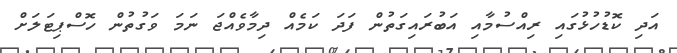
އަދި ކޮޑުހުޅުގައި ރިއްސުމާއި އަބުރައިގަތުން ފަދަ ކަމެއް ދިމާވެއްޖަ ނަމަ ވަގުތުން ހޮސްޕިޓަލަށް